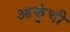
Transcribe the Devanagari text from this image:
आकुंची